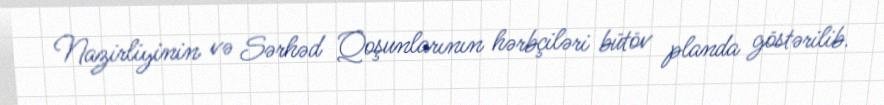
Nazirliyinin və Sərhəd Qoşunlarının hərbçiləri bütöv planda göstərilib.